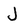
Character: J